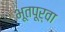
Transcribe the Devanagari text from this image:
भूतपूर्वा